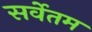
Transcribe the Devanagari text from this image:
सर्वेतम